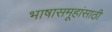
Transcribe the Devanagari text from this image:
भाषासमूहांसाठी